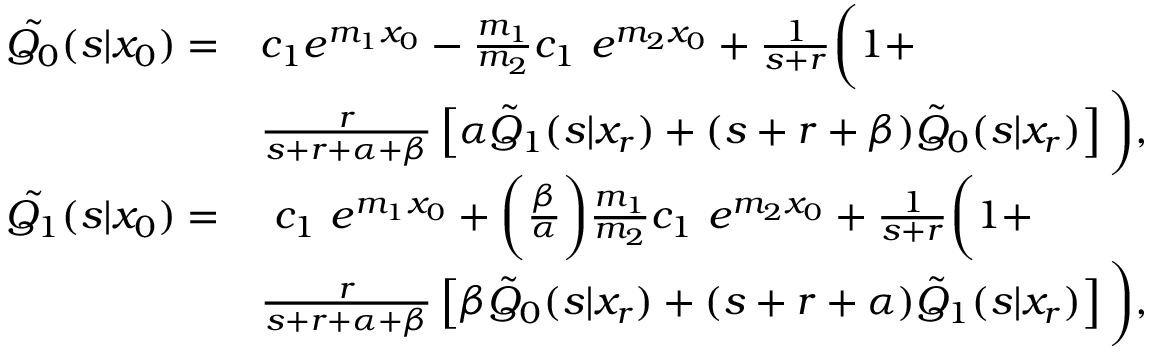
\begin{array} { r l } { \tilde { Q _ { 0 } } ( s | x _ { 0 } ) = } & { c _ { 1 } e ^ { m _ { 1 } x _ { 0 } } - \frac { m _ { 1 } } { m _ { 2 } } c _ { 1 } ~ e ^ { m _ { 2 } x _ { 0 } } + \frac { 1 } { s + r } \bigg ( 1 + } \\ & { \frac { r } { s + r + \alpha + \beta } \left[ \alpha \tilde { Q } _ { 1 } ( s | x _ { r } ) + ( s + r + \beta ) \tilde { Q } _ { 0 } ( s | x _ { r } ) \right] \bigg ) , } \\ { \tilde { Q _ { 1 } } ( s | x _ { 0 } ) = } & { ~ c _ { 1 } ~ e ^ { m _ { 1 } x _ { 0 } } + \bigg ( \frac { \beta } { \alpha } \bigg ) \frac { m _ { 1 } } { m _ { 2 } } c _ { 1 } ~ e ^ { m _ { 2 } x _ { 0 } } + \frac { 1 } { s + r } \bigg ( 1 + } \\ & { \frac { r } { s + r + \alpha + \beta } \left[ \beta \tilde { Q } _ { 0 } ( s | x _ { r } ) + ( s + r + \alpha ) \tilde { Q } _ { 1 } ( s | x _ { r } ) \right] \bigg ) , } \end{array}